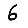
Digit: 6